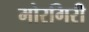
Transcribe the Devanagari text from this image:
मोरगिरी